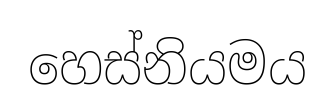
හෙස්නියමය